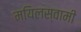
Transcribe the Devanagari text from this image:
मयिलस्वामी